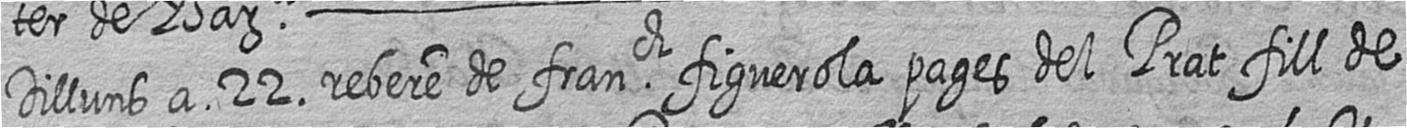
Dilluns a 22 rebere de franch figuerola pages del Prat fill de